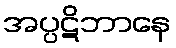
အပ္ပဋိဘာနေ